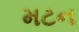
મટન